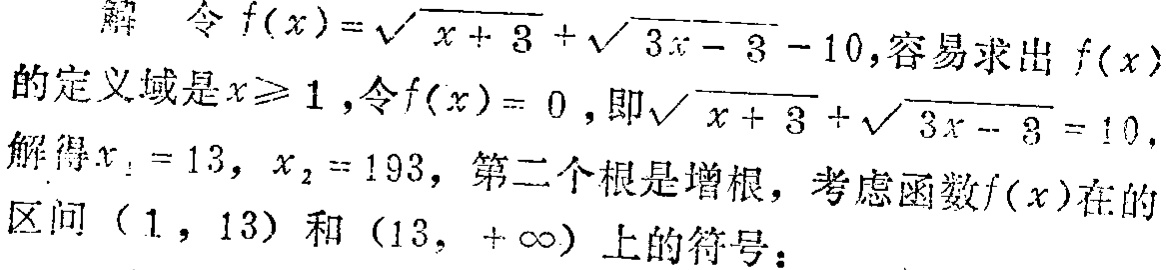
解 令$f(x)=\sqrt{x + 3}+\sqrt{3x - 3}-10$,容易求出$f(x)$的定义域是$x\geqslant1$,令$f(x)=0$,即$\sqrt{x + 3}+\sqrt{3x - 3}=10$,解得$x_{1}=13$, $x_{2}=193$, 第二个根是增根，考虑函数$f(x)$在的区间$(1,13)$和$(13,+\infty)$上的符号：